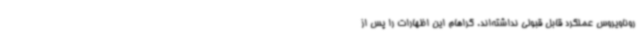
روناویروس عملکرد قابل قبولی نداشته‌اند. گراهام این اظهارات را پس از